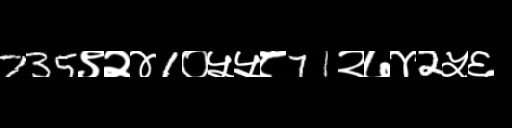
Text: 735९२४1०५५८71२७४2५६